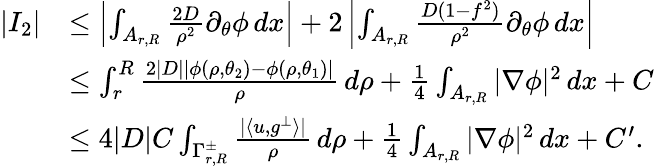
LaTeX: \begin{array}{rl}{|I_{2}|}&{\leq\left|\int_{A_{r,R}}\frac{2D}{\rho^{2}}\partial_{\theta}\phi\, dx\right|+2\left|\int_{A_{r,R}}\frac{D(1-f^{2})}{\rho^{2}}\partial_{\theta}\phi\, dx\right|}\\ &{\leq\int_{r}^{R}\frac{2|D||\phi(\rho,\theta_{2})-\phi(\rho,\theta_{1})|}{\rho}\, d\rho+\frac{1}{4}\int_{A_{r,R}}|\nabla\phi|^{2}\, dx+C}\\ &{\leq 4|D|C\int_{\Gamma_{r,R}^{\pm}}\frac{|\langle u,g^{\perp}\rangle|}{\rho}\, d\rho+\frac{1}{4}\int_{A_{r,R}}|\nabla\phi|^{2}\, dx+C^{\prime}.}\end{array}